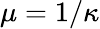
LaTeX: \mu=1/\kappa